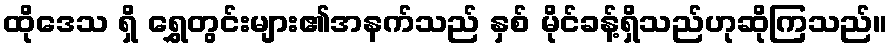
ထိုဒေသ ရှိ ရွှေတွင်းများ၏အနက်သည် နှစ် မိုင်ခန့်ရှိသည်ဟုဆိုကြသည်။